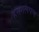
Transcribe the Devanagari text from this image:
हनगलपण